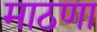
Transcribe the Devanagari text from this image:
माठणा